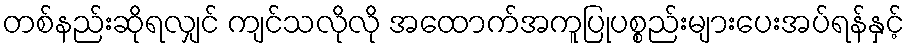
တစ်နည်းဆိုရလျှင် ကျင်သလိုလို အထောက်အကူပြုပစ္စည်းများပေးအပ်ရန်နှင့်